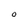
Character: O